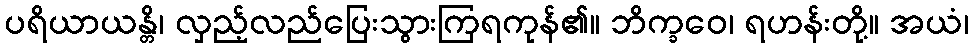
ပရိယာယန္တိ၊ လှည့်လည်ပြေးသွားကြရကုန်၏။ ဘိက္ခဝေ၊ ရဟန်းတို့။ အယံ၊